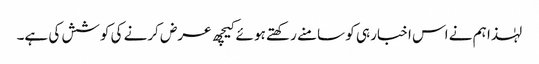
لہٰذا ہم نے اس اخبار ہی کو سامنے رکھتے ہو ئے کیچھ عرض کرنے کی کوشش کی ہے۔